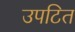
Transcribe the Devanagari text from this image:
उपटित